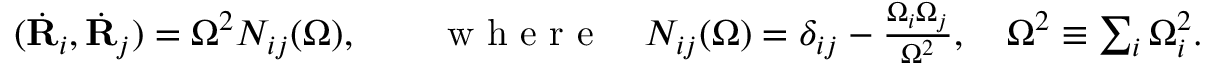
\begin{array} { r } { ( \dot { \bf R } _ { i } , \dot { \bf R } _ { j } ) = \Omega ^ { 2 } N _ { i j } ( \Omega ) , \qquad \mathrm { ~ w ~ h ~ e ~ r ~ e ~ } \quad N _ { i j } ( \Omega ) = \delta _ { i j } - \frac { \Omega _ { i } \Omega _ { j } } { \Omega ^ { 2 } } , \quad \Omega ^ { 2 } \equiv \sum _ { i } \Omega _ { i } ^ { 2 } . } \end{array}